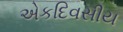
એકદિવસીય